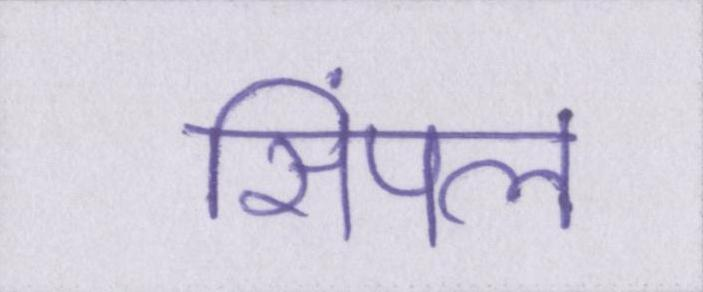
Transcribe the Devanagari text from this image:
सिंपल